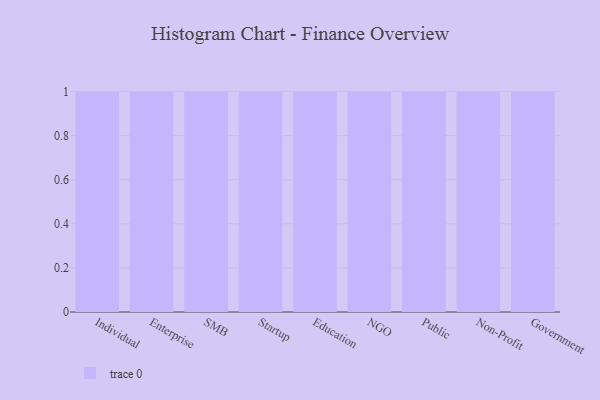
{"axis": {"x": "Segment", "y": "LTV (USD)"}, "legend": [""], "data": [{"x": "Individual", "y": 45, "type": ""}, {"x": "Enterprise", "y": 97, "type": ""}, {"x": "SMB", "y": 71, "type": ""}, {"x": "Startup", "y": 20, "type": ""}, {"x": "Education", "y": 49, "type": ""}, {"x": "NGO", "y": 51, "type": ""}, {"x": "Public", "y": 33, "type": ""}, {"x": "Non-Profit", "y": 86, "type": ""}, {"x": "Government", "y": 72, "type": ""}]}